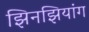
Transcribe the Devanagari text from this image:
झिनझियांग